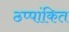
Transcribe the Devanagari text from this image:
ठप्पांकित